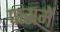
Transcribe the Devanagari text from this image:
पासमें